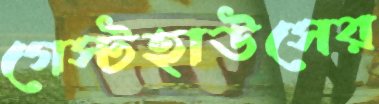
গেস্টহাউসের